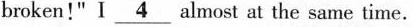
broken!" I\underline{4} almost at the same time.